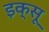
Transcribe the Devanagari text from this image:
इक्सू